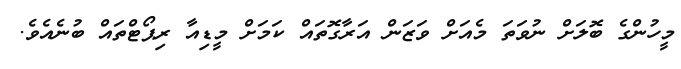
މީހުންގެ ބޮލަށް ނުވަތަ މެއަށް ވަޒަން އަރާގޮތައް ކަމަށް މީޑިއާ ރިޕޯޓްތައް ބުނެއެވެ.